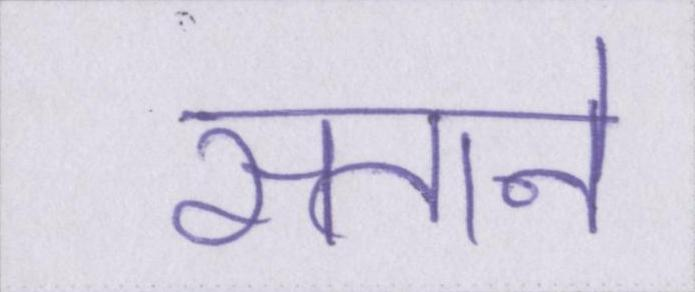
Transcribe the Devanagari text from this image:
सताने